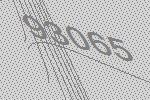
93065